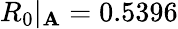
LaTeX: R_{0}|_{\mathbf{A}}=0.5396